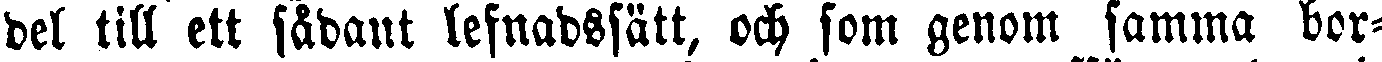
del till ett sådant lefnadssätt, och som genom samma bor-